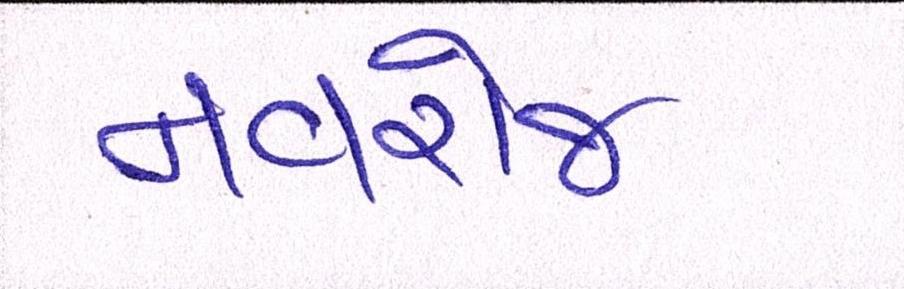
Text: નવરોજ